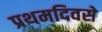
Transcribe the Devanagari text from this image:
प्रथमदिवसे